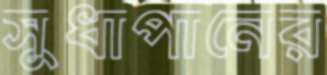
সুধাপানের